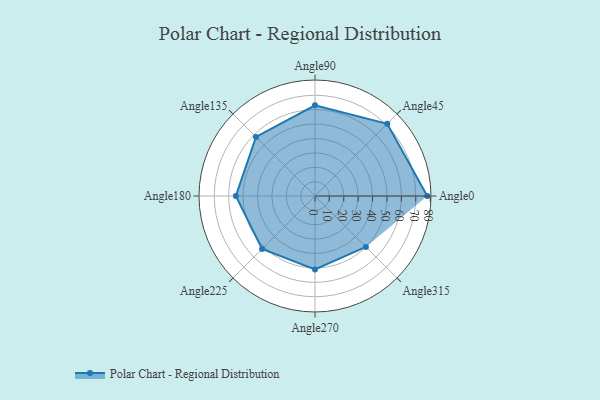
{"axis": {"x": "Angle", "y": "Radius"}, "legend": [""], "data": [{"x": "Angle0", "y": 78.0, "type": ""}, {"x": "Angle45", "y": 71.0, "type": ""}, {"x": "Angle90", "y": 63.0, "type": ""}, {"x": "Angle135", "y": 58.0, "type": ""}, {"x": "Angle180", "y": 55.0, "type": ""}, {"x": "Angle225", "y": 52.0, "type": ""}, {"x": "Angle270", "y": 51.0, "type": ""}, {"x": "Angle315", "y": 50, "type": ""}]}